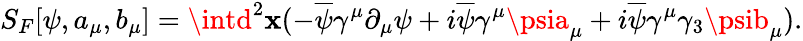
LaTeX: S_{F}[\psi,a_{\mu},b_{\mu}]=\intd^{2}\mathbf{x}(-\overline{{{{\psi}}}}\gamma^{\mu}\partial_{\mu}\psi+i\overline{{{{\psi}}}}\gamma^{\mu}\psia_{\mu}+i\overline{{{{\psi}}}}\gamma^{\mu}\gamma_{3}\psib_{\mu}).